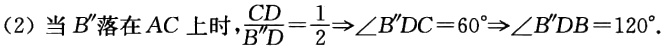
(2) 当 \(B''\) 落在 \(AC\) 上时，\(\frac{CD}{B''D}=\frac{1}{2}\Rightarrow \angle B''DC = 60^{\circ}\Rightarrow\angle B''DB = 120^{\circ}\).